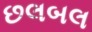
છલબલ